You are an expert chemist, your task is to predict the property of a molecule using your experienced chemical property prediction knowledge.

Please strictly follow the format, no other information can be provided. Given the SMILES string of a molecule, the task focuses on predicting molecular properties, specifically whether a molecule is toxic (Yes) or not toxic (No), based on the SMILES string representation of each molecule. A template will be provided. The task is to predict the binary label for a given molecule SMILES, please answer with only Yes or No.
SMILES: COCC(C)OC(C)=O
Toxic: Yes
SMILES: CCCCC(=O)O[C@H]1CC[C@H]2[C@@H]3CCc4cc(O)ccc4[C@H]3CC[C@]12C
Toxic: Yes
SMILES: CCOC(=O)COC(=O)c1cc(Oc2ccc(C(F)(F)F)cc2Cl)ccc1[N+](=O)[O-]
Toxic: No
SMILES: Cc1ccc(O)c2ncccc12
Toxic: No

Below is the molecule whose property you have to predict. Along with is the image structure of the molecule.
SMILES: NNc1nncc2ccccc12
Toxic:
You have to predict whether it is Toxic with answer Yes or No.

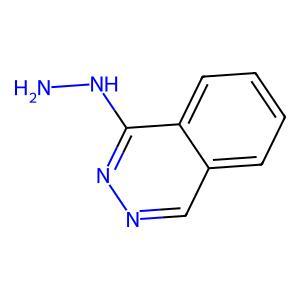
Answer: No